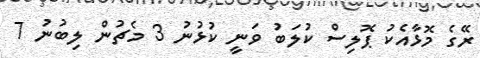
ރޭގެ މޮޅާއެކު ޕޮލިސް ކުލަބު ވަނީ ކުޅުނު 3 މެޗުން ލިބުނު 7